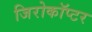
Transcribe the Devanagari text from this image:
जिरोकॉप्टर